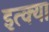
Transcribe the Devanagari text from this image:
इत्क्या